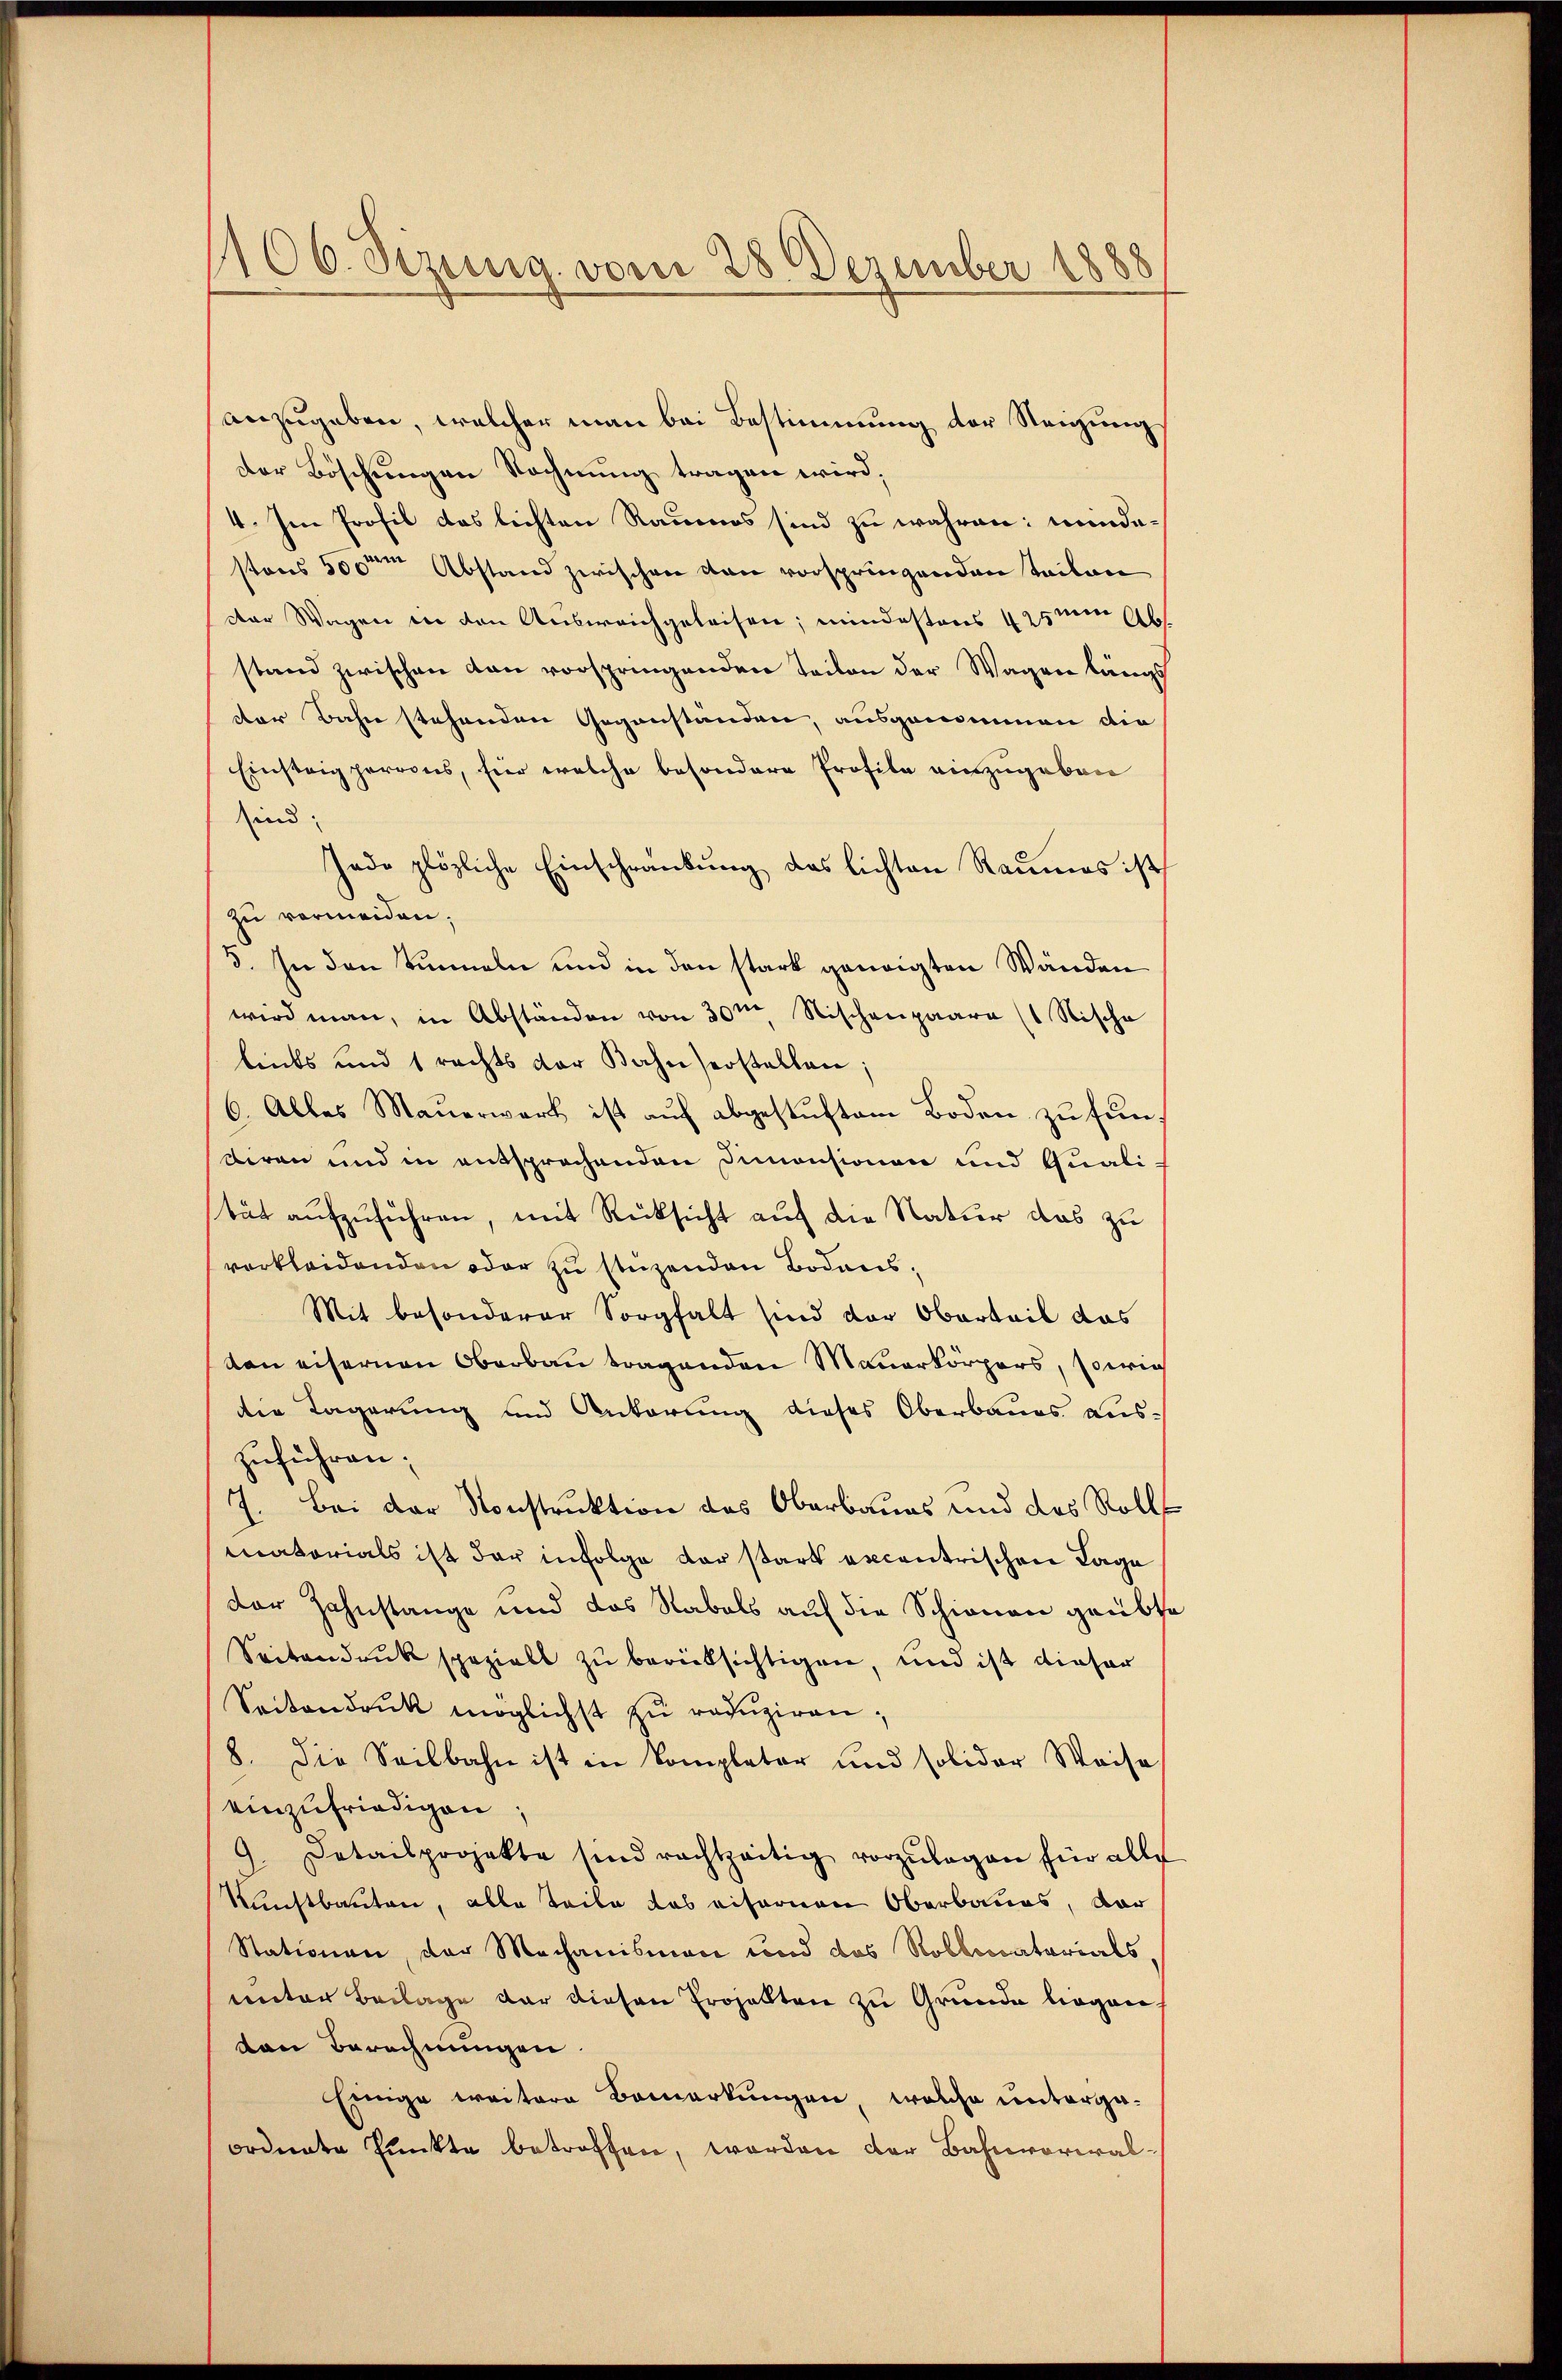
1106. Sizung vom 28. Dezember 1888

anzugeben, welcher man bei Bestimmung der Steigung
der Böschungen Rechnung tragen wird,
4. Im Profil das lichten Raumes sind zu währen: minde-
stens 500ten Abstand zwischen von vorspringenden Teilen
der Wagen in den Ausweichgeleisen; mindestens 425men Ab
stand zwischen dan vorspringenden Teilen der Wagen längs
der Bahn stehenden Gegenstanden, ausgenommen die
Einsteig perrons, hier welche besondere Profile einzugeben
sind:
Jade plötzliche Einschränkung das lichten Raumes ist
zu vermeiden;
3. In den Sinneln und in den stark geneigten Wänden
wird man, in Abständen von 30m Nischenpaare (1 Nische
leits und 1 rechts der Bahnserstellen;
6. Alles Mauerwart ist auf abgestuftem Boden zu fundiren und in entsprochenden Dimensionen und Quali-
tät aufzuführen, mit Rücksicht auf die Natur das zu
verkleidenden oder zu stüzenden Bodens¬
Mit besonderer Sorgfalt sind der Obertail das
ton eisernen Oberbau tragenden Mauerkörpers, sowie
die Lagerung und Ankerung dieses Oberbaues aus-
zuführen;
7. Bei der Konstruktion des Oberbaues und das Roll
matorials ist der infolge der stark excentrischen Tage
der Zahnstange und das Rabals auf die Schienen geübte
Seitendruck spezielt zu berücksichtigen, und ist dieser
Seitendruck möglichst zu reduziren;
8. Die Seilbahn ist in Kompletor und solidor Weise
einzufriedigen,
9. Detailprojekte sind rachtzeitig vorzŭlegen für alle
Kunstbauten, alle Teile das eifernen Oberbaues, dar
Stationen, der Mechanisman und das Rollocatarials,
unter Beilage der diesen Erhalten zu Grunde liegen.
ton Berechnungen
Einige weitere Bemerkungen, welche untergaordnete Punkte betroffen, worden der Bahnvorwal¬